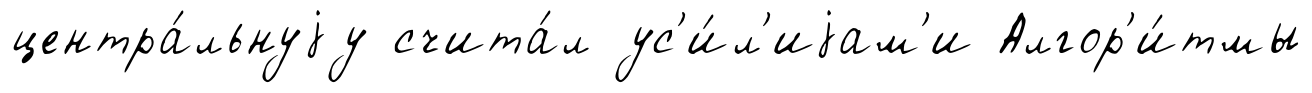
центра́льнуjу счита́л ус'и́л'иjам'и Алгор'и́тмы